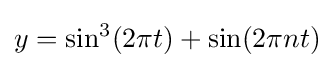
y=\sin ^{3}(2\pi t)+\sin(2\pi nt)